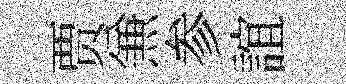
贾𠔥参誼